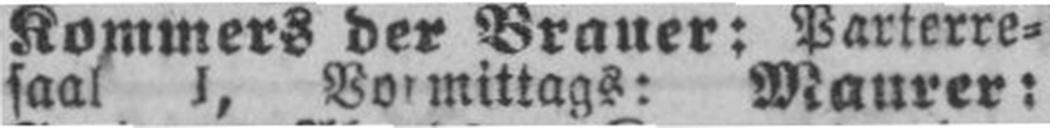
saal J, Vormittags: Maurer: